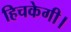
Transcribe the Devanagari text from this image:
हिचकेगी।